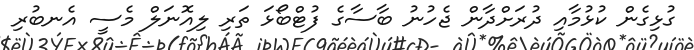
ގުޅިގެން ކުޅުމާއި ދުރަށްދާން ޖެހުނު ބާސާގެ ފުޓްބޯޅަ ތަރި ލިއޮނަލް މެސީ އެނބުރި